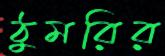
ঠুমরির